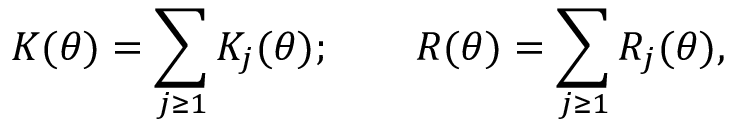
K ( \theta ) = \sum _ { j \geq 1 } K _ { j } ( \theta ) ; \qquad R ( \theta ) = \sum _ { j \geq 1 } R _ { j } ( \theta ) ,